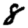
Digit: 8